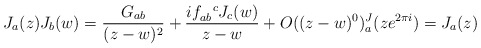
\begin{align*}J_a(z) J_b (w) = \frac{G_{ab}}{(z-w)^2} + \frac{i f_{ab}^{\ \ c} J_{c}(w)}{z-w} + O((z-w)^0) \sp J_a(ze^{2 \pi i})=J_a(z) \end{align*}